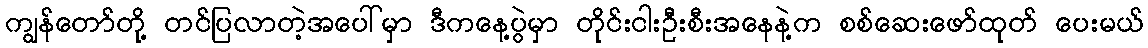
ကျွန်တော်တို့ တင်ပြလာတဲ့အပေါ်မှာ ဒီကနေ့ပွဲမှာ တိုင်းငါးဦးစီးအနေနဲ့က စစ်ဆေးဖော်ထုတ် ပေးမယ်